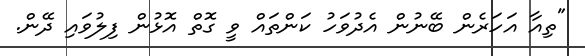
"ތިއާ އަހަރެން ބޭނުން އެދުވަހު ކަންތައް ވީ ގޮތް އޮޅުން ފިލުވައި ދޭން.